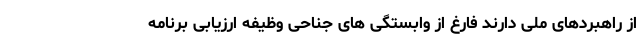
از راهبردهای ملی دارند فارغ از وابستگی های جناحی وظیفه ارزیابی برنامه